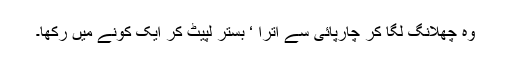
وہ چھلانگ لگا کر چارپائی سے اترا ‘ بستر لپیٹ کر ایک کونے میں رکھا۔